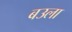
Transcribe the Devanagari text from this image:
बउला